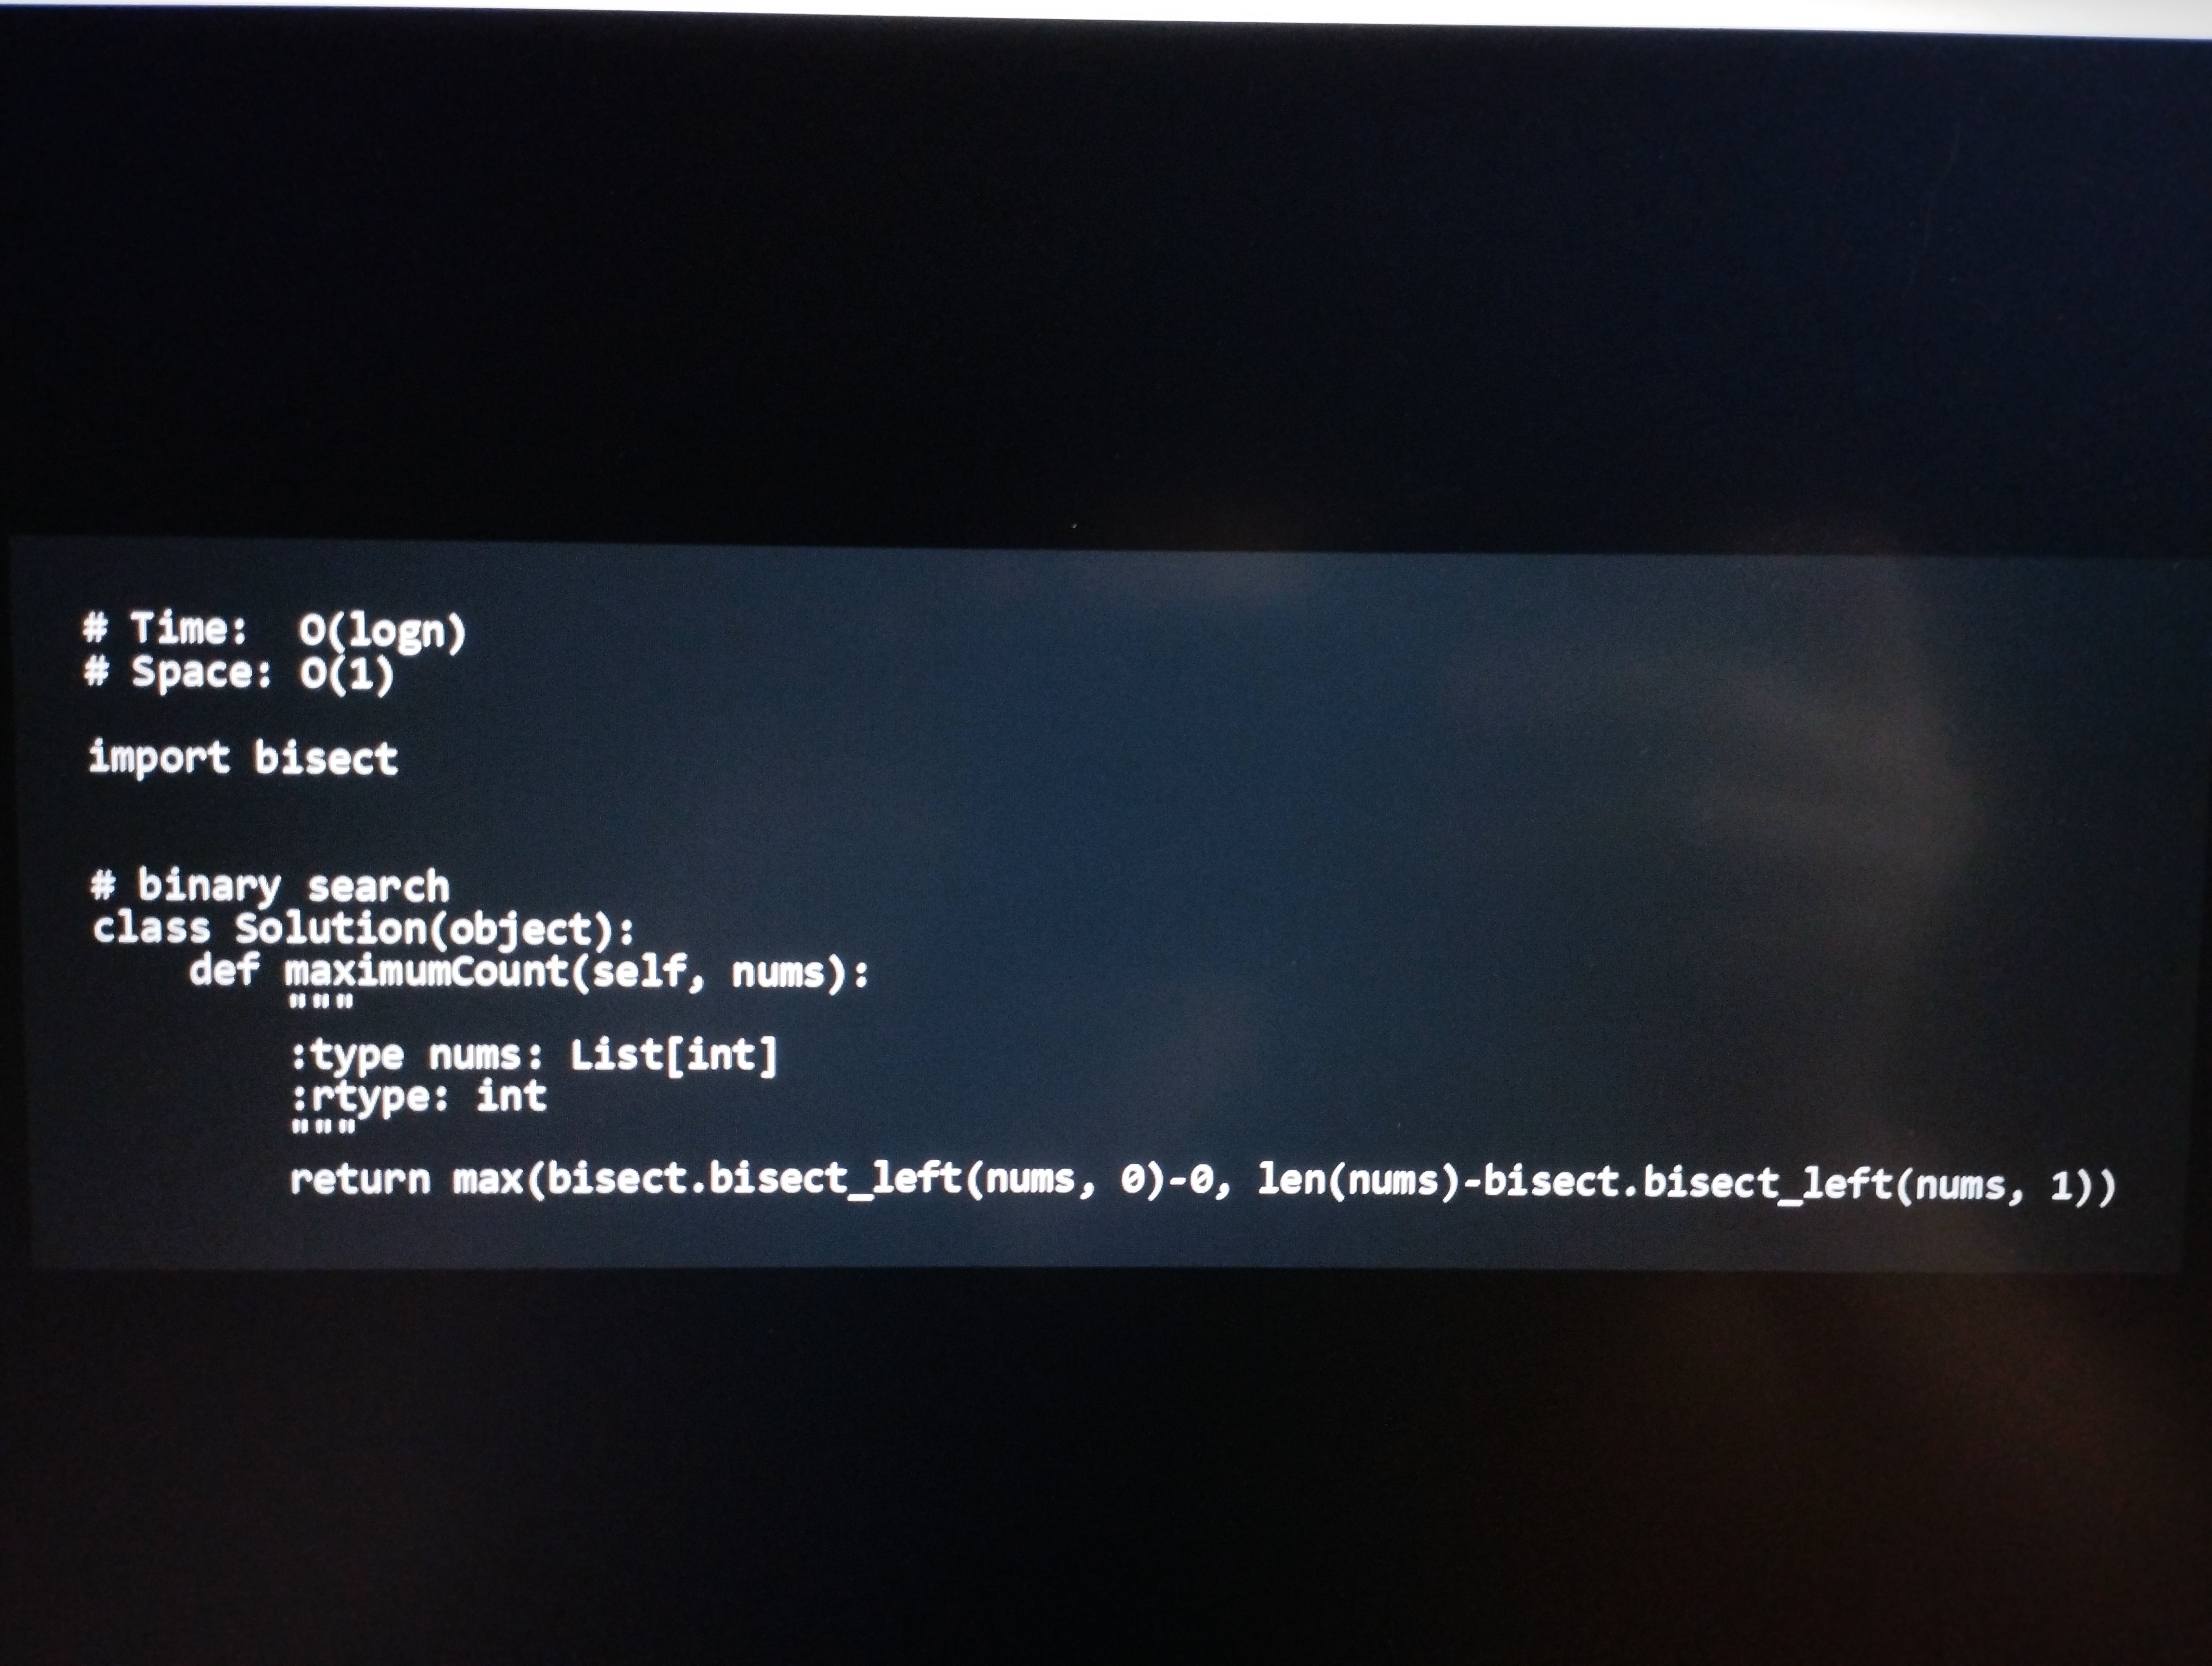
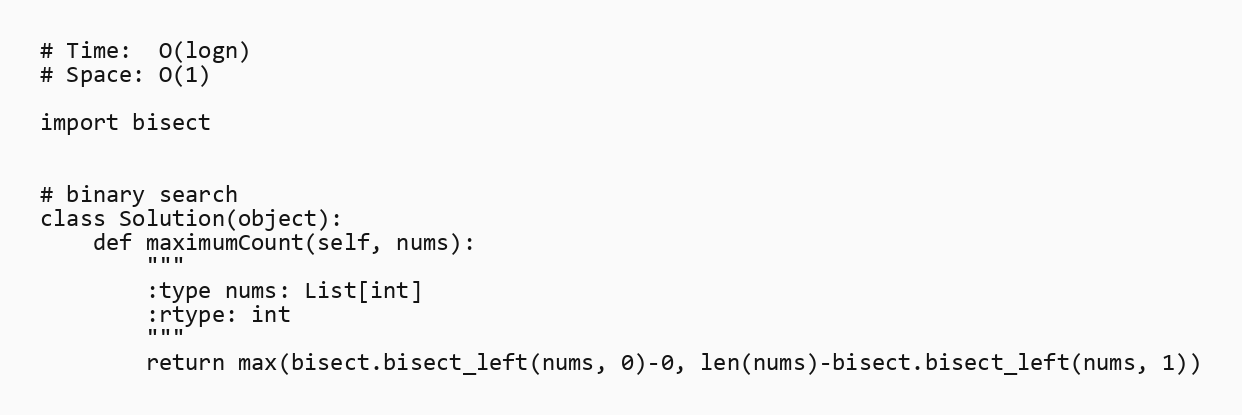
# Time:  O(logn)
# Space: O(1)

import bisect

# binary search
class Solution(object):
    def maximumCount(self, nums):
        """
        :type nums: List[int]
        :rtype: int
        """
        return max(bisect.bisect_left(nums, 0)-0, len(nums)-bisect.bisect_left(nums, 1))